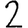
Digit: 2